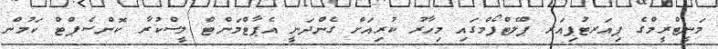
މަނީޓްރީމްގެ ޕިއަރޓުޕިއަރ ޕްލެޓްފޯމްގައި މިހާރު ކުރިއަށް ގެންދަނީ އެޕާޓްމަންޓް ލީސްކުރާ ކޮންސެޕްޓް ކަމުން